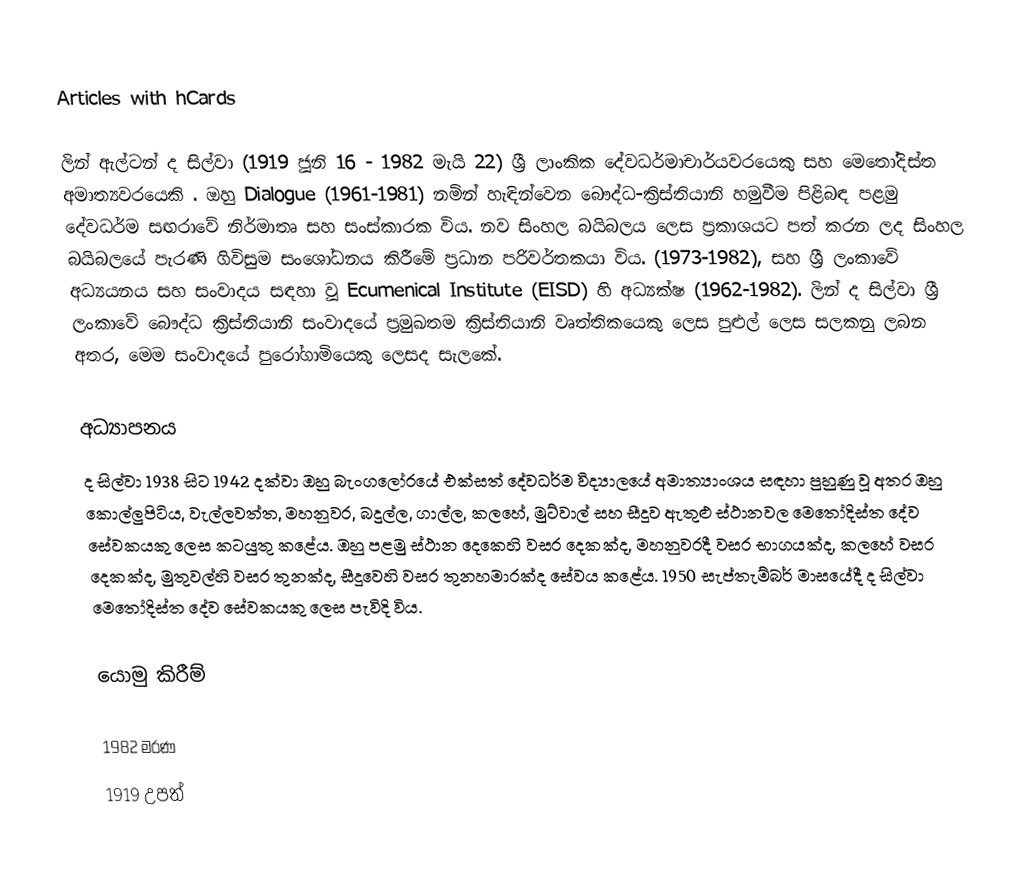
Articles with hCards

ලින් ඇල්ටන් ද සිල්වා (1919 ජූනි 16 - 1982 මැයි 22) ශ්‍රී ලාංකික දේවධර්මාචාර්යවරයෙකු සහ මෙතෝදිස්ත අමාත්‍යවරයෙකි . ඔහු Dialogue (1961-1981) නමින් හැඳින්වෙන බෞද්ධ-ක්‍රිස්තියානි හමුවීම පිළිබඳ පළමු දේවධර්ම සඟරාවේ නිර්මාතෘ සහ සංස්කාරක විය. නව සිංහල බයිබලය ලෙස ප්‍රකාශයට පත් කරන ලද සිංහල බයිබලයේ පැරණි ගිවිසුම සංශෝධනය කිරීමේ ප්‍රධාන පරිවර්තකයා විය. (1973-1982), සහ ශ්‍රී ලංකාවේ අධ්‍යයනය සහ සංවාදය සඳහා වූ Ecumenical Institute (EISD) හි අධ්‍යක්ෂ (1962-1982). ලින් ද සිල්වා ශ්‍රී ලංකාවේ බෞද්ධ ක්‍රිස්තියානි සංවාදයේ ප්‍රමුඛතම ක්‍රිස්තියානි වෘත්තිකයෙකු ලෙස පුළුල් ලෙස සලකනු ලබන අතර, මෙම සංවාදයේ පුරෝගාමියෙකු ලෙසද සැලකේ.

අධ්‍යාපනය
ද සිල්වා 1938 සිට  1942 දක්වා ඔහු බැංගලෝරයේ එක්සත් දේවධර්ම විද්‍යාලයේ අමාත්‍යාංශය සඳහා පුහුණු වූ අතර  ඔහු කොල්ලුපිටිය, වැල්ලවත්ත, මහනුවර, බදුල්ල, ගාල්ල, කලහේ, මුට්වාල් සහ සීදූව ඇතුළු ස්ථානවල මෙතෝදිස්ත දේව සේවකයකු ලෙස කටයුතු කළේය. ඔහු පළමු ස්ථාන දෙකෙහි වසර දෙකක්ද, මහනුවරදී වසර භාගයක්ද, කලහේ වසර දෙකක්ද, මුතුවල්හි වසර තුනක්ද, සීදූවෙහි වසර තුනහමාරක්ද සේවය කළේය.  1950 සැප්තැම්බර් මාසයේදී ද සිල්වා මෙතෝදිස්ත දේව සේවකයකු ලෙස පැවිදි විය.

යොමු කිරීම්

1982 මරණ
1919 උපත්